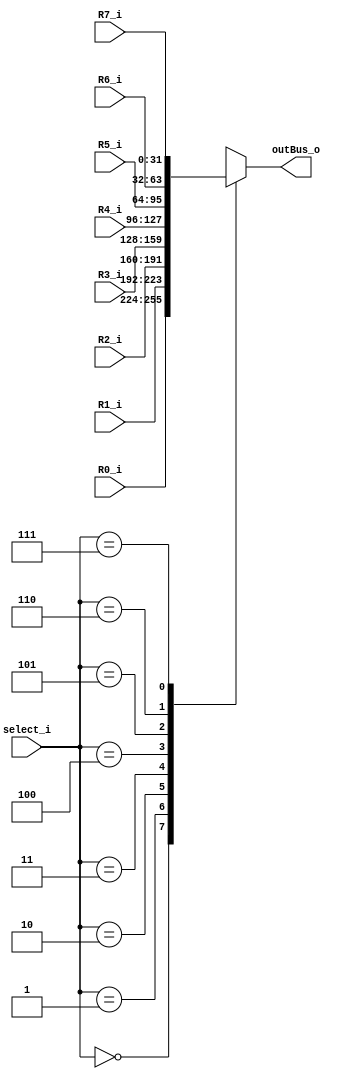
module MUX #(parameter W_width = 32)(
input wire [W_width-1:0]	R0_i, R1_i, R2_i, R3_i, R4_i, R5_i, R6_i, R7_i,
input wire [2:0]		select_i,

output reg [W_width-1:0]	outBus_o
);

always@(*) begin
case(select_i)
      3'b000: outBus_o = R0_i;
      3'b001: outBus_o = R1_i;
      3'b010: outBus_o = R2_i;
      3'b011: outBus_o = R3_i;
      3'b100: outBus_o = R4_i;
      3'b101: outBus_o = R5_i;
      3'b110: outBus_o = R6_i;
      3'b111: outBus_o = R7_i;
endcase
end

endmodule